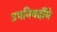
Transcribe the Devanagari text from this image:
उपनिषदौंमे